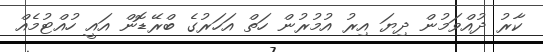
ކާރު ދުއްވަމުން ދިޔަ އިރު އުމުރުން ހަތް އަހަރުގެ ބްރޭޑޮން އައީ ހުއްޓުމެއް